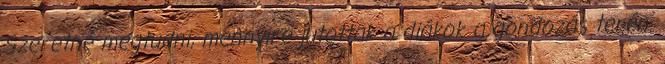
Szeretné megtudni, mennyire jutottak a diákok a gondozás terén.